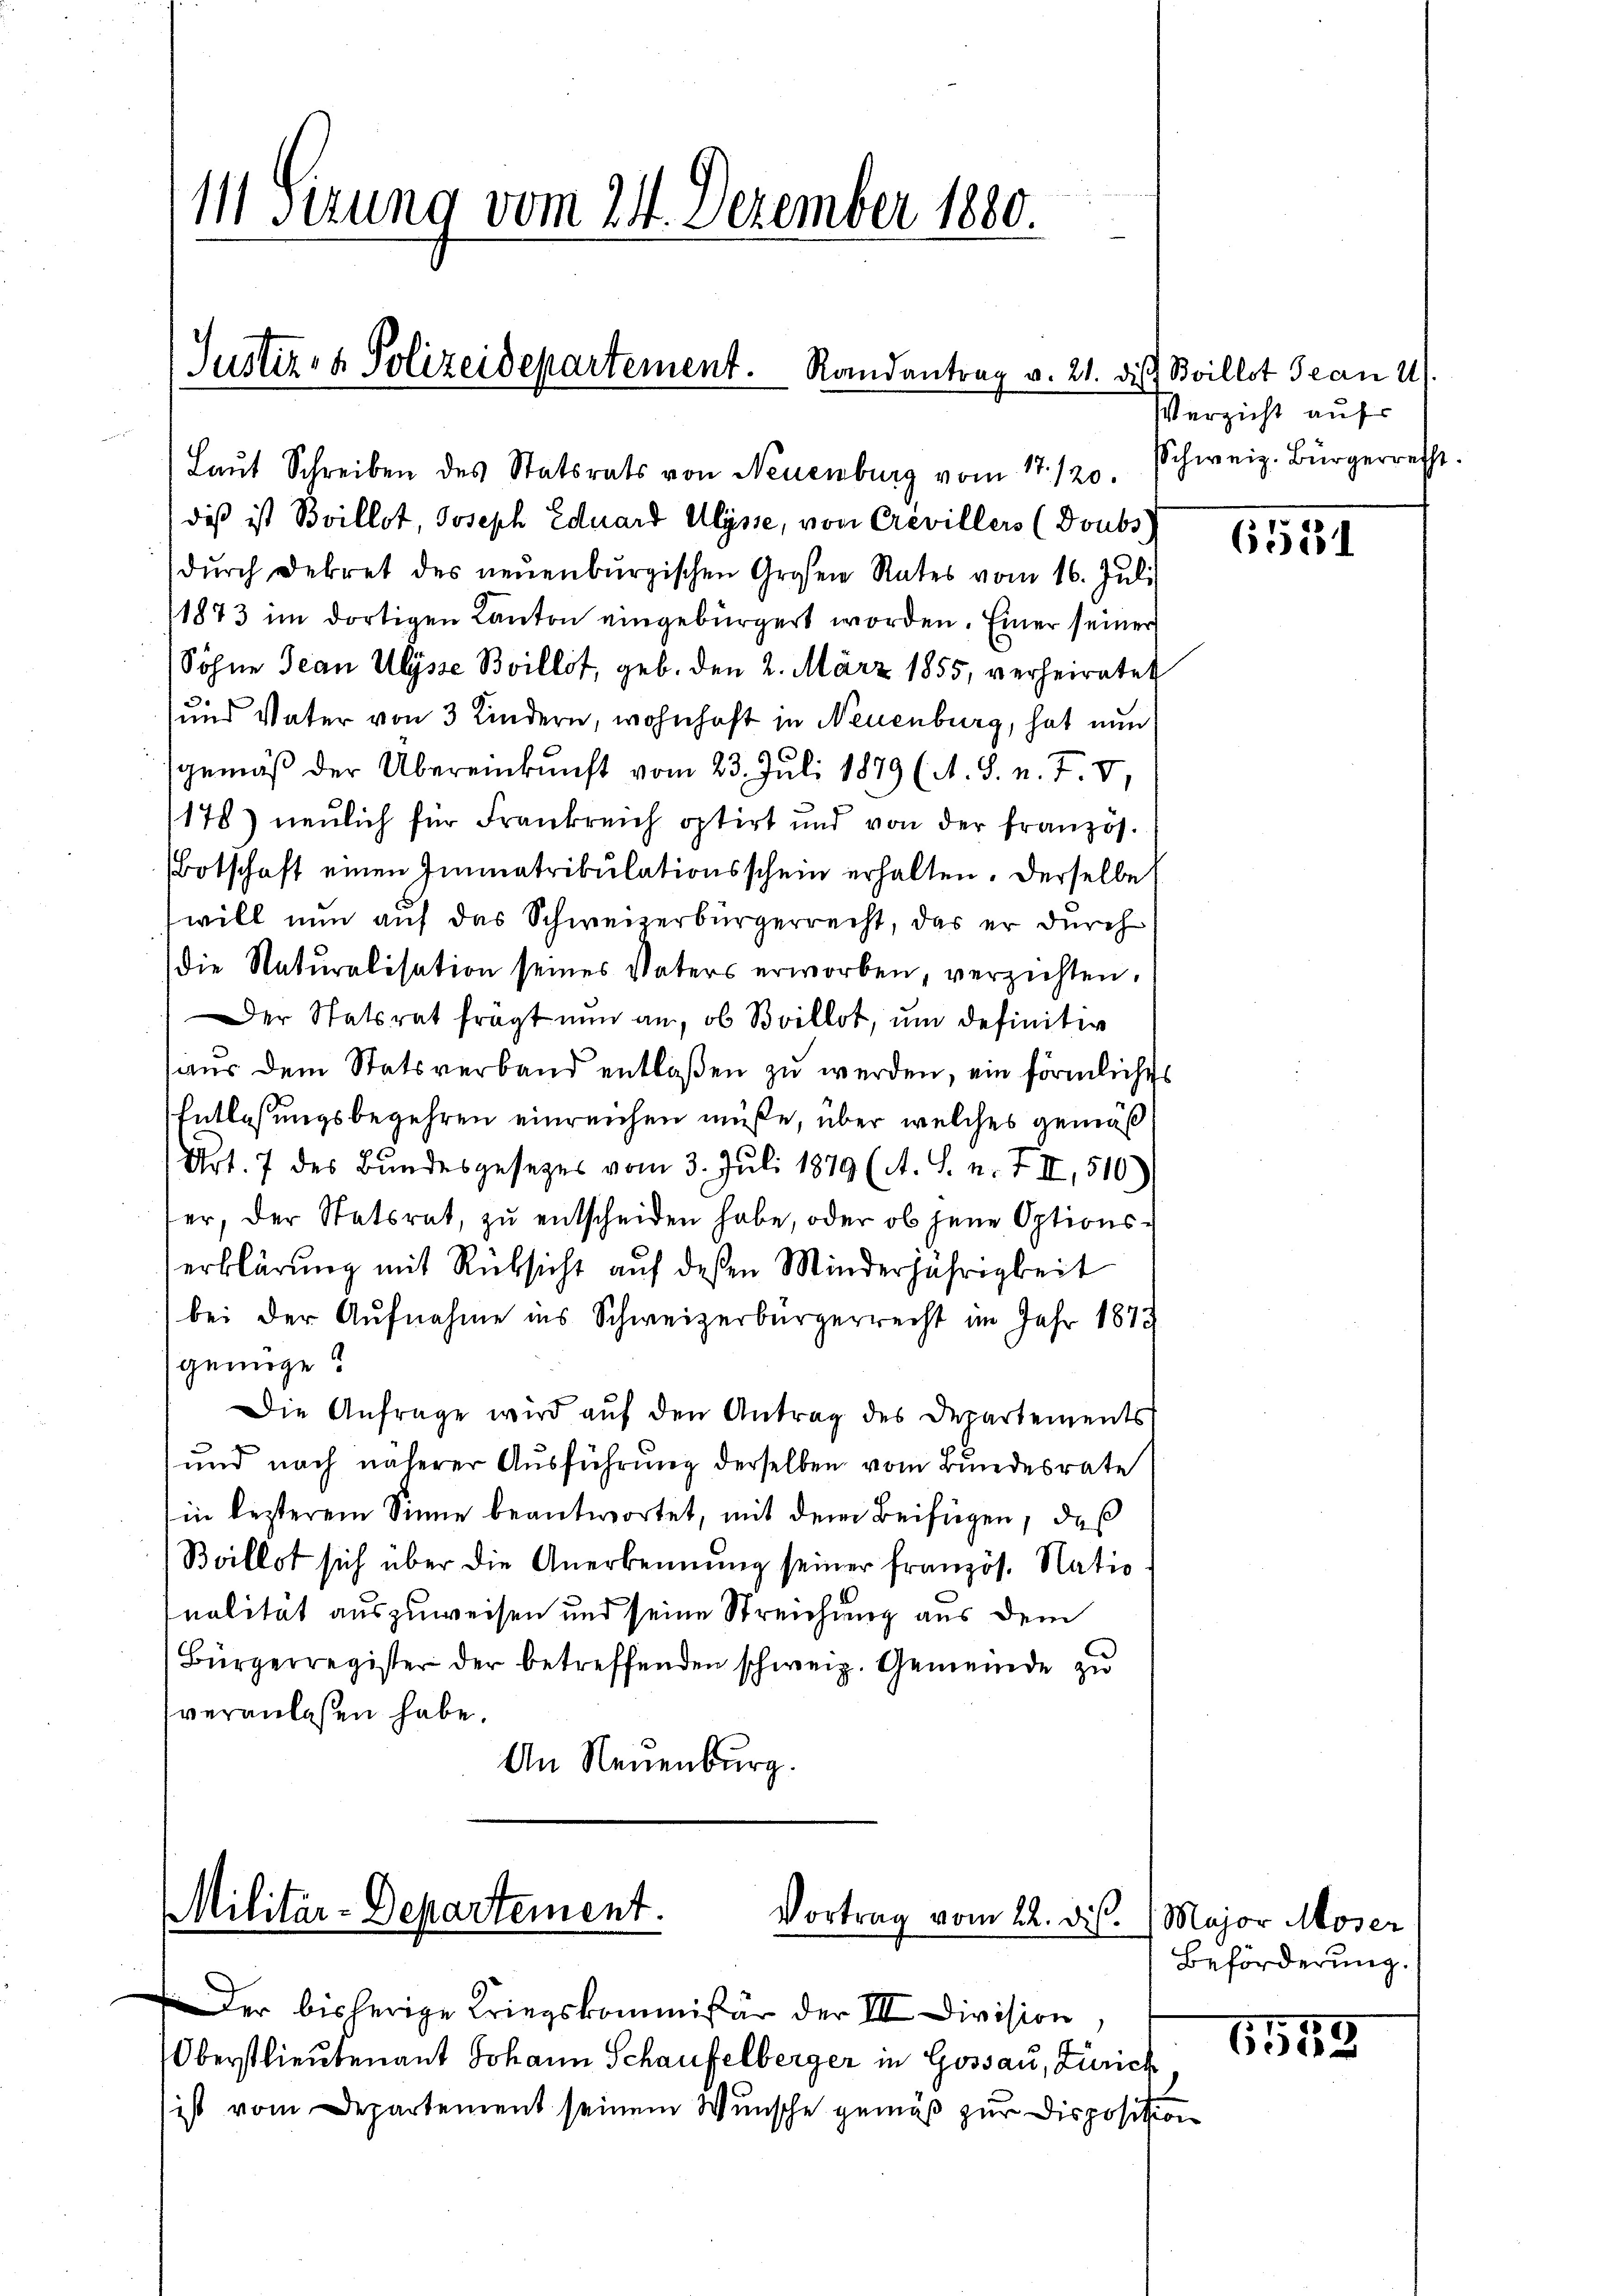
111 Sirung vom 24. Dezember 1880.

Justiz- & Polizeidepartement. Randantrag v. 21. die Boillot Jean 4.

diß ist Boillot, Joseph Eduard Ulysse, von Crevillers (Doubs
dŭrch Dekret des neuenburgischen Großen Rates vom 16. Jŭli
1873 im dortigen Kanton eingebürgert worden. Einer seiner
Söhne Jean Ulysse Boillot, geb. den 2. März 1855, verheiratet
und Vater von 3 Kindern, wohnhaft in Neuenburg, hat nun
gemäß der Übereinkunft vom 23. Juli 1879 (A. S. n. F. VI,
178) neulich für Frankreich optirt und von der französ.
Botschaft einen Immatrikulationsschein erhalten. Derselbe
will nun auf das Schweizerbürgerrecht, das er durch
die Naturalisation seines Vaters erworben, verzichten.
Der Statsrat frägt nun an, ob Boillot, um definitiv
aus dem Statsverband entlaßen zu werden, ein förmliches
Entlaßungsbegehren einreichen müße, über welches gemäß
1 Art. 7 des Bundesgesetzes vom 3. Juli 1879 (A. S. n. F. II, 510)
er, der Statsrat, zu entscheiden habe, oder ob jene Optionserklärung mit Rücksicht auf deßen Minderjährigkeit
bei der Aufnahme ins Schweizerbürgerrecht im Jahr 1873
genüge.
Die Anfrage wird auf den Antrag des Departements
und noch näherer Ausführung derselben vom Bundesrate
in besterem Sinne beantwortet, mit dem Beifügen, daß
Boillot sich über die Anerkennung seiner französ. Natio
nalität auszuweisen und seine Streichung aus dem
Bürgerregister der betreffenden schweiz. Gemeinde zu
veranlassen habe.
An Neuenburg.

Laut Schreiben des Statsrats von Neuenburg vom 17./20.

Militär-Departement.
Vortrag vom 22. dis

Der bisherige Kriegskommißär der III Division,

Oberstlieutenant Johann Schaufelberger in Gossau, Zürich
ist vom Departement seinem Wunsche gemäß zur Disposition

Verzicht aufs
Schweiz. Bürgerrecht.

61881

Major Moser
Beförderung.

6552